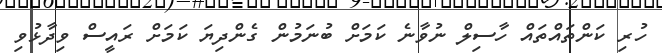
ހުރި ކަންތައްތައް ހާސިލް ނުވާނެ ކަމަށް ބުނަމުން ގެންދިޔަ ކަމަށް ރައީސް ވިދާޅުވި